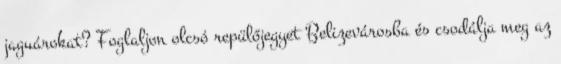
jaguárokat? Foglaljon olcsó repülőjegyet Belizevárosba és csodálja meg az